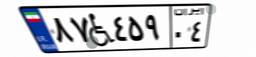
۸۷W۴۵۹۰۴